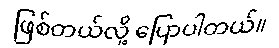
ဖြစ်တယ်လို့ ပြောပါတယ်။